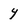
Character: 4